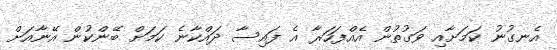
އެނގުނު ކަމަށާއި ވަގުތުން އެއްފަހަރާ އެ ފައިސާ ދައްކާނެ ކަމަށް ބޭންކުން އޭނާއަށް